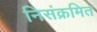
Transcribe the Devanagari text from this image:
निसंक्रमित